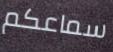
سماعكم